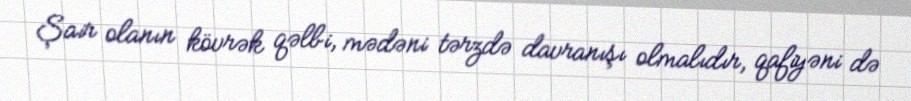
Şair olanın kövrək qəlbi, mədəni tərzdə davranışı olmalıdır, qafiyəni də